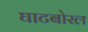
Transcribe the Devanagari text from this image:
घाटबोरल